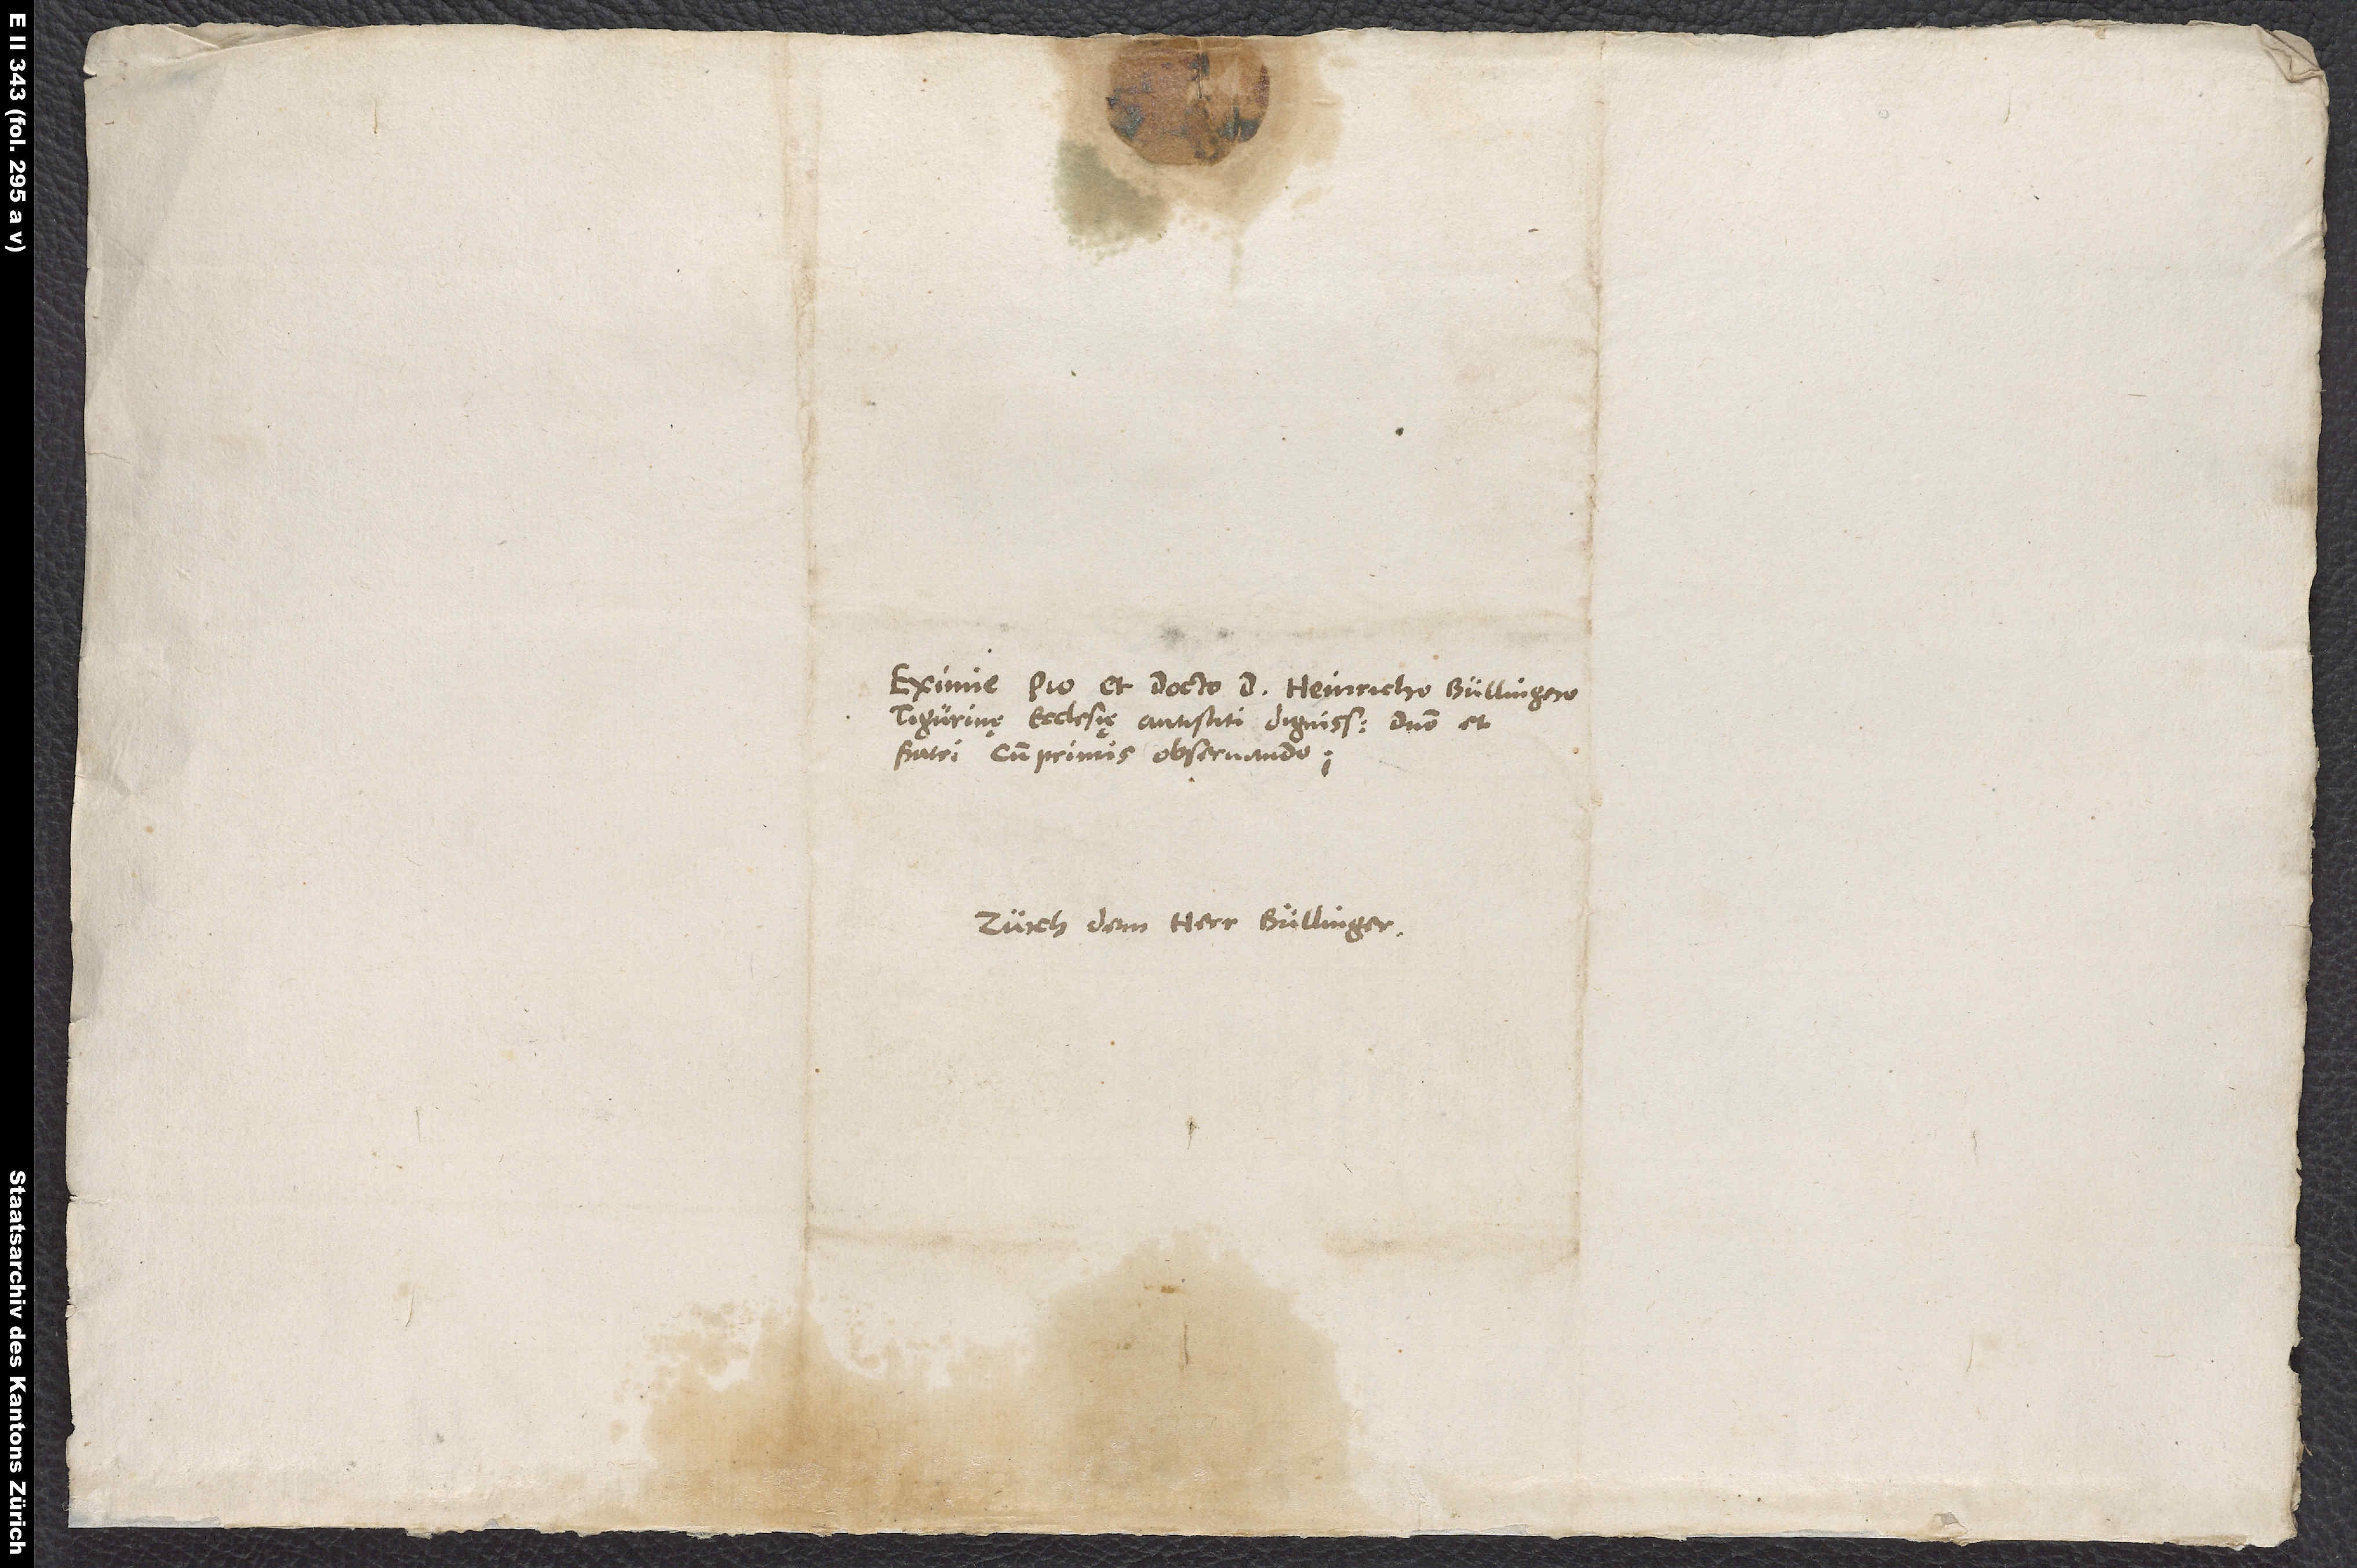
S.

Eximie pio et docto d. Heinricho Bullingero,
Tigurinę ecclesię antistiti dignissimo, domino et
fratri cumprimis observando.
Zurch, dem herr Bullinger.